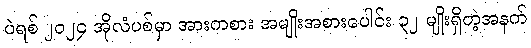
ပဲရစ် ၂၀၂၄ အိုလံပစ်မှာ အားကစား အမျိုးအစားပေါင်း ၃၂ မျိုးရှိတဲ့အနက်